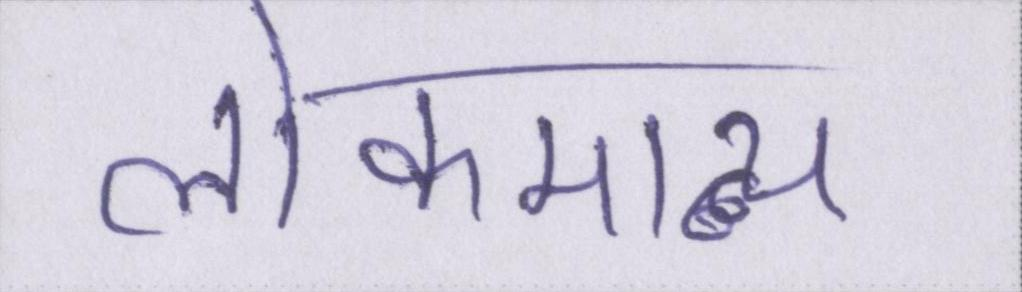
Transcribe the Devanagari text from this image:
लोकमान्य